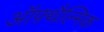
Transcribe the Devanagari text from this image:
ऑफ़्थैल्मिक